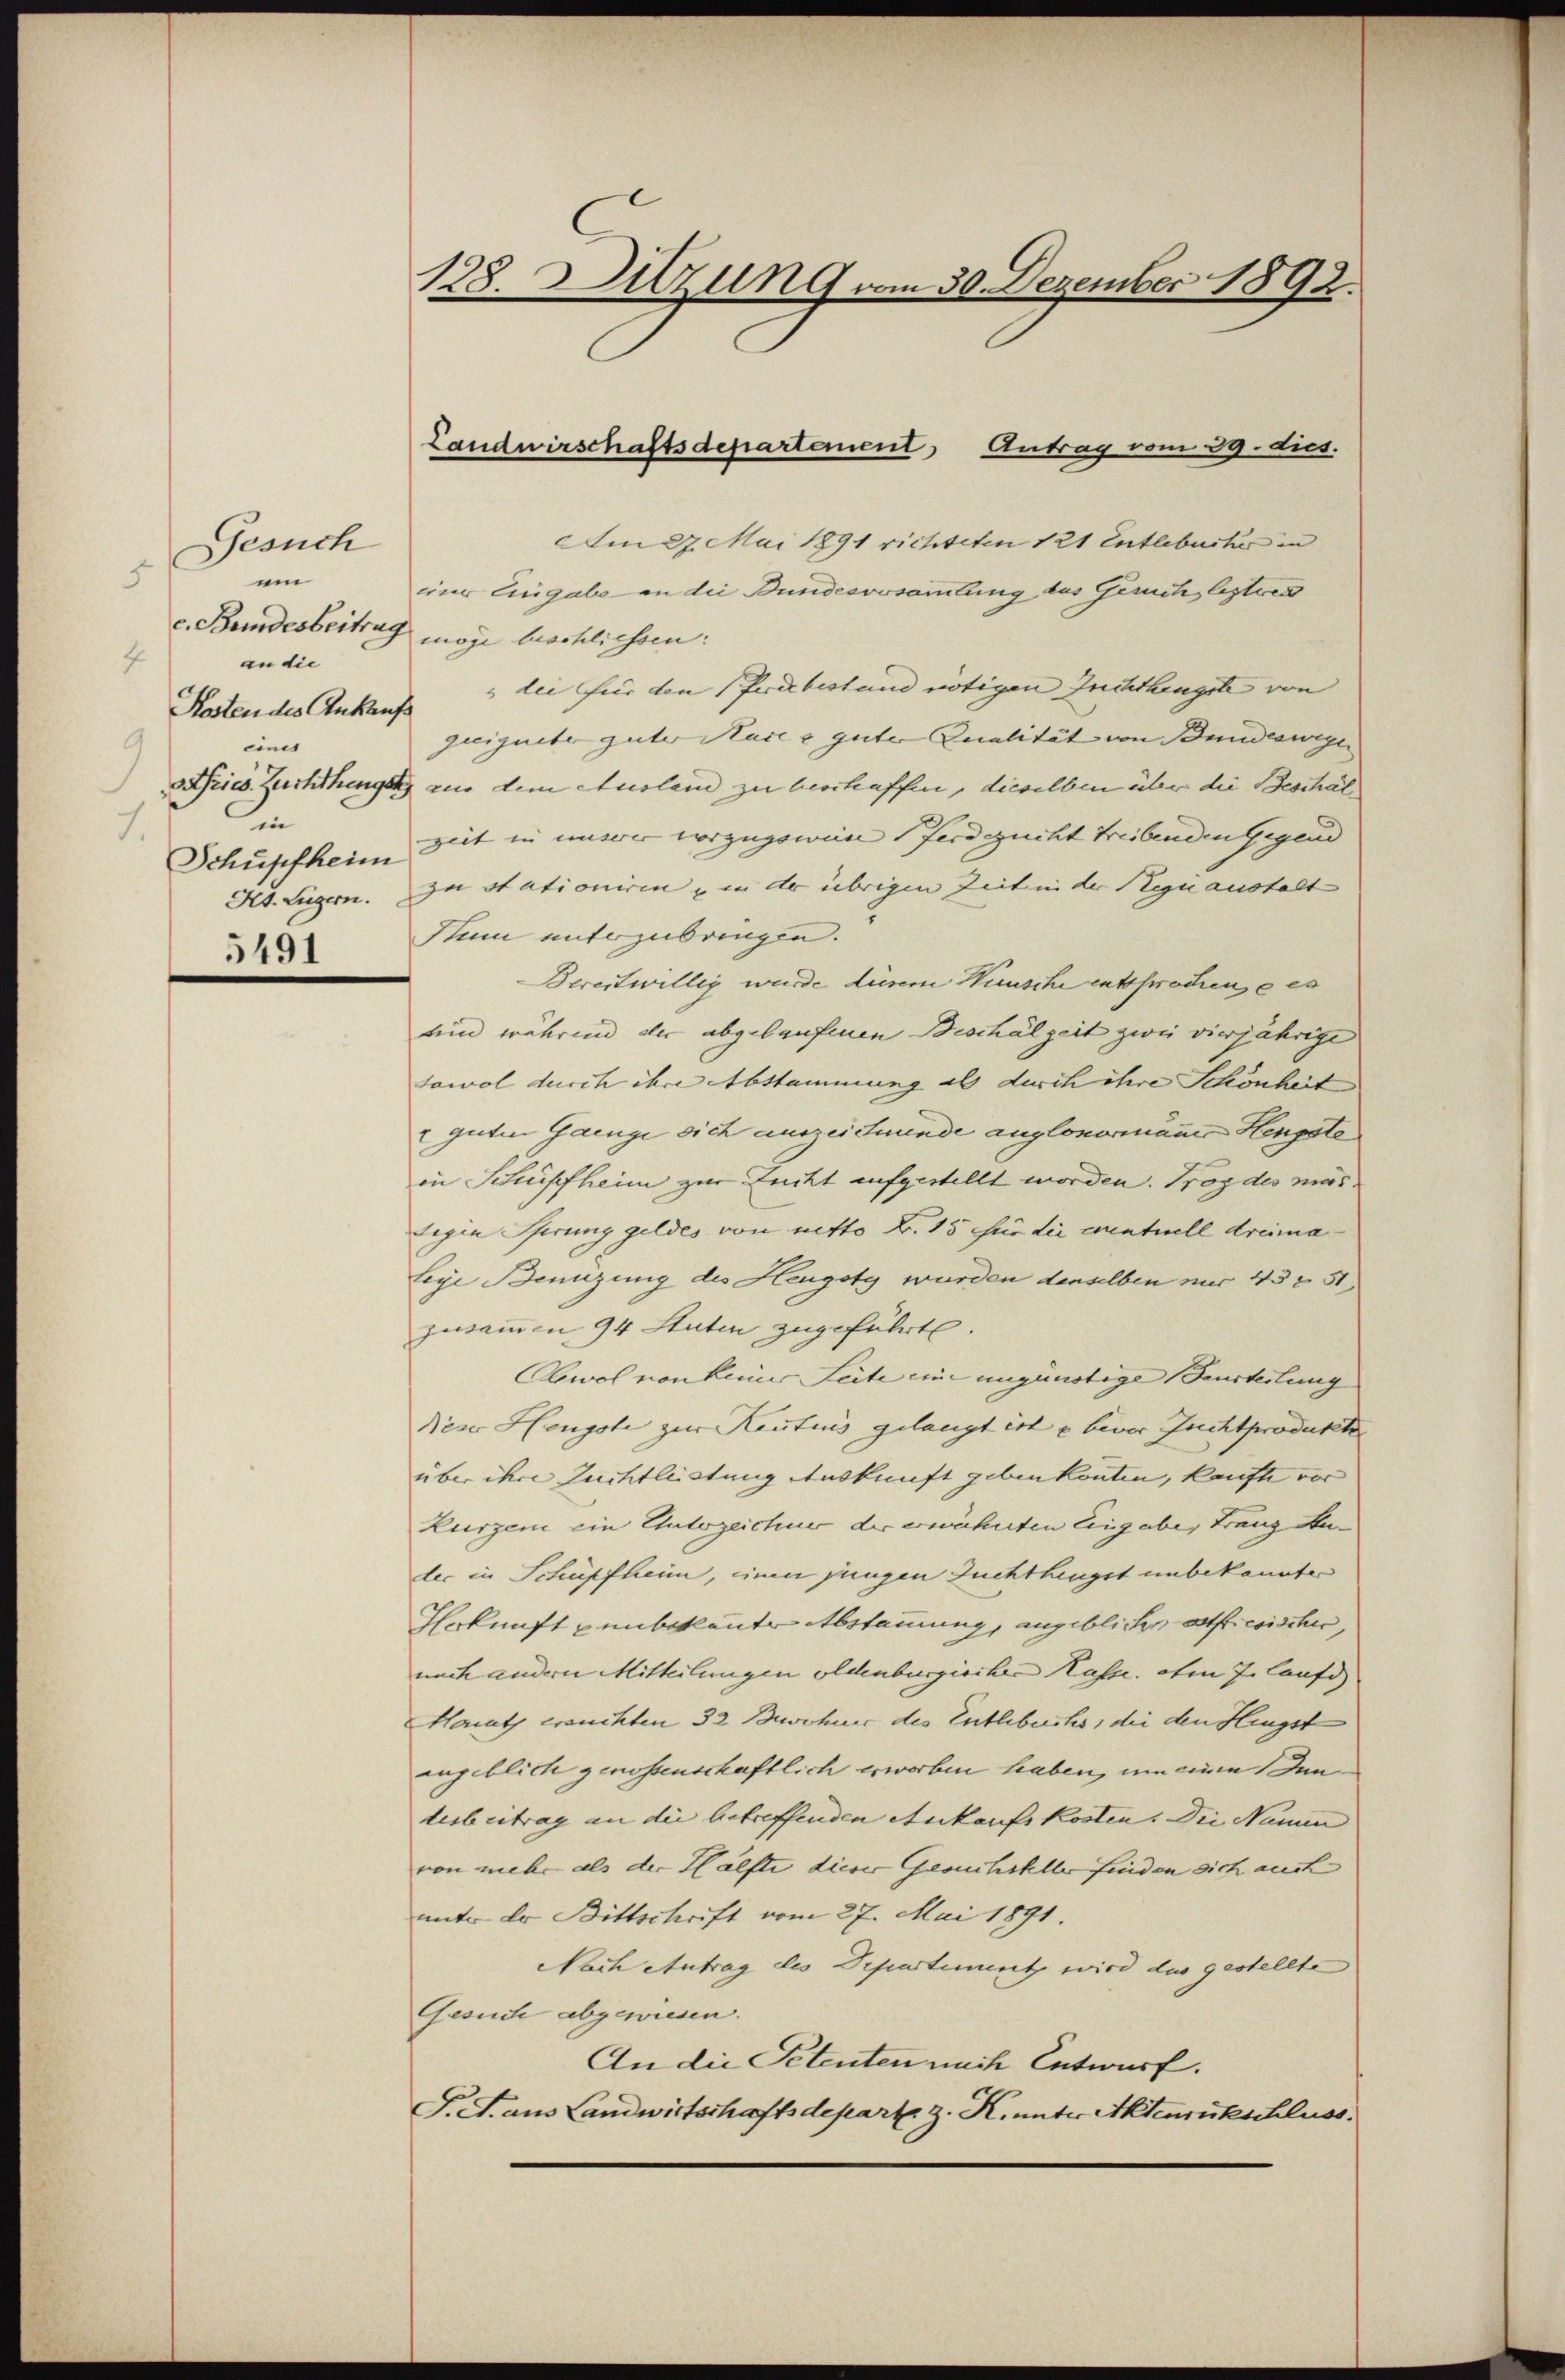
Gesuch
um
an die
Kosten des Ankauf
eines
9
Dries Zuchthinget
in
Schüpfheim
5491

128. Sitzung vom 30. Dezember 1892.

Landwirschaftsdepartement, Antrag vom 29. dies.

Am 27. Mai 1891 richteten 121 Entlebuches in
einer Eingabe an die Bundesversammlung des Gesuch bestier
c. Bundesbeitrag mag beschlichsen:
 dei für den (Prikbestand nötigen Zuchthingste von
geeignete guter Mase & guter Qualität von Bundeswege
aus dem Ausland zu beschaffen, dieselben über die Beschal
zeit in unsrer vorzugswien Ferdezucht treibenden Gegend
Kt. Liegern. In stationiren u in der übrigen Zeit in der Regii anstalt
Num unterzubringen.
Bereitwillig wurde diesem Wunsche entsprochene es
hein während der abgelaufenen Beschälzeit zwei vierjährige
Sowol durch ihre Abstammung als durch ihre Schönheit
 guten Gange sich auszeinunde anglonormaner Hengste
in Schüpfheim zur Zucht aufgestellt worden. Trog des mas
Tegia Pferung geldes von netto D. 15 für die eventuell dreima
leye Benuzung des Heugoty wurden denselben nur 43 f 51
zusammen 94 Stuten zugeführt.
Alowol von keiner Seite eine ungünstige Beurteilung
diese Hengste zur Kentnis gelangt ist u bevor Juchtprodukte
über ihre Zuchtleistung Auskunft geben konten, kaufte vor
Kurzen ein Unterzeichner der erwähnten Eingabe, Franz Auder in Schüpfheim, einen jungen Zuchthinget unbekannter
Herkunft punbekannte Abstammung, angeblichen oft wischen,
nach andern Mitteilungen oldenburgischer Kasse. Am 7. laufe
Hanats ersuchten 32 Bewohner des Entlebuchs, die den Hengst
angeblich genossenschaftlich erworben haben, um einen Innderbeitrag an die betreffenden Ankaufskosten. Die Namen
von mehr als der Hälfte dieser Gesuchsteller finden sich auch
unter er Bittschrift vom 27. Mai 1891.
Nach Antrag des Departementz wird das gestellte
Gesuche abgewiesen.
An die Petenten nach Entwurf.
S. S. aus Landwirtschaftsdeparte z. K. unter Aktenrutschluss.